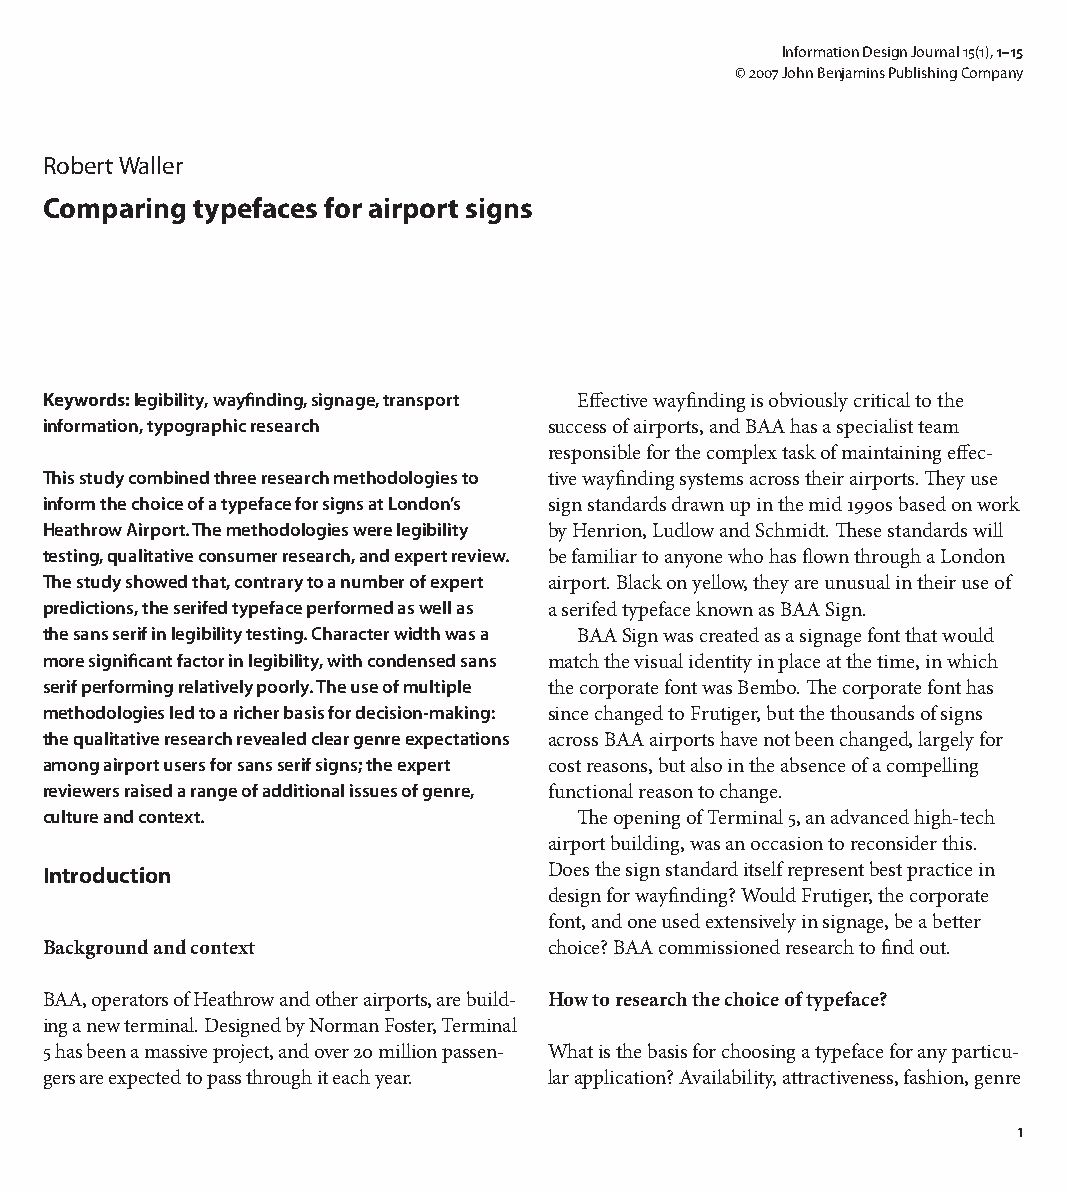
Information Design Journal 15(1), 1–15
 © 2007 John Benjamins Publishing Company
 Robert Waller
 Comparing typefaces for airport signs
 Keywords: legibility, wayfinding, signage, transport Effective wayfinding is obviously critical to the
 information, typographic research success of airports, and BAA has a specialist team
 responsible for the complex task of maintaining effec-
 This study combined three research methodologies to tive wayfinding systems across their airports. They use
 inform the choice of a typeface for signs at London’s sign standards drawn up in the mid 1990s based on work
 Heathrow Airport. The methodologies were legibility by Henrion, Ludlow and Schmidt. These standards will
 testing, qualitative consumer research, and expert review. be familiar to anyone who has flown through a London
 The study showed that, contrary to a number of expert airport. Black on yellow, they are unusual in their use of
 predictions, the serifed typeface performed as well as a serifed typeface known as BAA Sign.
 the sans serif in legibility testing. Character width was a BAA Sign was created as a signage font that would
 more significant factor in legibility, with condensed sans match the visual identity in place at the time, in which
 serif performing relatively poorly. The use of multiple the corporate font was Bembo. The corporate font has
 methodologies led to a richer basis for decision-making: since changed to Frutiger, but the thousands of signs
 the qualitative research revealed clear genre expectations across BAA airports have not been changed, largely for
 among airport users for sans serif signs; the expert cost reasons, but also in the absence of a compelling
 reviewers raised a range of additional issues of genre, functional reason to change.
 culture and context.               The opening of Terminal 5, an advanced high-tech
 airport building, was an occasion to reconsider this.
 Introduction                     Does the sign standard itself represent best practice in
 design for wayfinding? Would Frutiger, the corporate
 font, and one used extensively in signage, be a better
 Background and context           choice? BAA commissioned research to find out.
 BAA, operators of Heathrow and other airports, are build- How to research the choice of typeface?
 ing a new terminal. Designed by Norman Foster, Terminal
 5 has been a massive project, and over 20 million passen- What is the basis for choosing a typeface for any particu-
 gers are expected to pass through it each year. lar application? Availability, attractiveness, fashion, genre
 1